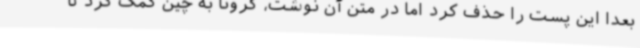
بعدا این پست را حذف کرد اما در متن آن نوشت، کرونا به چین کمک کرد تا